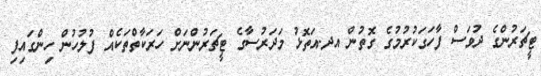
ޓީޗަރުންގެ ދުވަސް ފާހަގަކުރުމުގެ ގޮތުން އދ.އަތޮޅު މަދަރުސާގެ ޓީޗަރުންނަށް ހަރަކާތްތަކެއް ފުލުހުން ހިންގައިފި